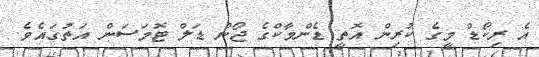
އެ ރިކޯޑް މީގެ ކުރިން އޮތީ ޑެންމާކްގެ ޖޯން ޑަލް ޓޮމަސަން އަތުގައެވެ.